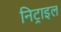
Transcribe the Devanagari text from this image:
निट्राइल